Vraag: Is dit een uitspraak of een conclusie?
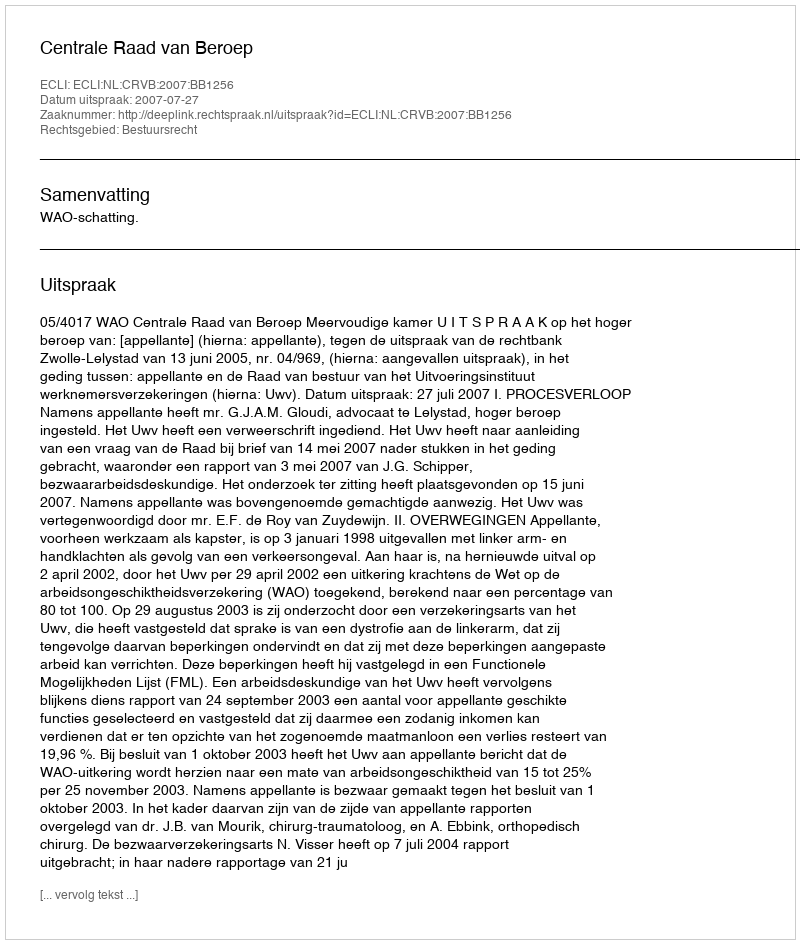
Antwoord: Uitspraak